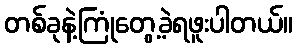
တစ်ခုနဲ့ကြုံတွေ့ခဲ့ရဖူးပါတယ်။